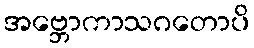
အဗ္ဘောကာသဂတောပိ